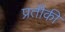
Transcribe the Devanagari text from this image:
प्रतीकी